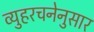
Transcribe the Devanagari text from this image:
व्युहरचनेनुसार